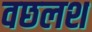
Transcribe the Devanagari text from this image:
वछलश